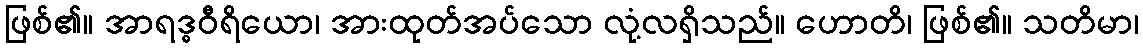
ဖြစ်၏။ အာရဒ္ဓဝီရိယော၊ အားထုတ်အပ်သော လုံ့လရှိသည်။ ဟောတိ၊ ဖြစ်၏။ သတိမာ၊